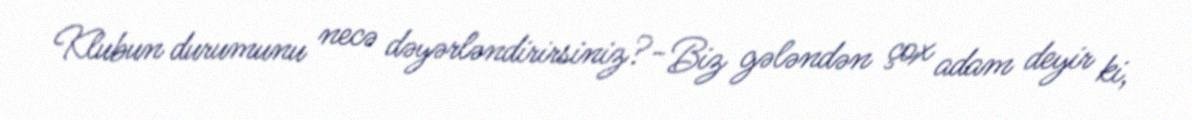
Klubun durumunu necə dəyərləndirirsiniz?- Biz gələndən çox adam deyir ki,